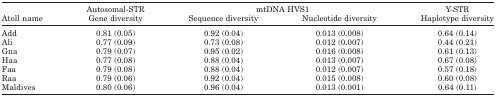
|  | Autosomal-STR | <COLSPAN=2> mtDNA HVS1 | Y-STR |
 | Atoll name | Gene diversity | Sequence diversity | Nucleotide diversity | Haplotype diversity |
 | --- | --- | --- | --- | --- |
 | Add | 0.81 (0.05) | 0.92 (0.04) | 0.013 (0.008) | 0.64 (0.14) |
 | Ali | 0.77 (0.09) | 0.73 (0.08) | 0.012 (0.007) | 0.44 (0.21) |
 | Gna | 0.79 (0.07) | 0.95 (0.02) | 0.016 (0.008) | 0.61 (0.13) |
 | Haa | 0.77 (0.08) | 0.88 (0.04) | 0.013 (0.007) | 0.67 (0.08) |
 | Faa | 0.79 (0.08) | 0.88 (0.04) | 0.012 (0.007) | 0.57 (0.18) |
 | Raa | 0.79 (0.06) | 0.92 (0.04) | 0.015 (0.008) | 0.60 (0.08) |
 | Maldives | 0.80 (0.06) | 0.96 (0.04) | 0.013 (0.001) | 0.64 (0.11) |